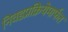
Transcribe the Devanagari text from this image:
निवडप्रक्रियेमार्फत